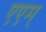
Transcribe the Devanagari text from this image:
एएम्